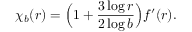
\chi _ { b } ( r ) = \Big ( 1 + \frac { 3 \log r } { 2 \log b } \Big ) f ^ { \prime } ( r ) .